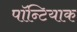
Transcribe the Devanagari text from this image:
पॉन्टियाक